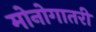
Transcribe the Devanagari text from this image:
मोनोगातरी